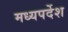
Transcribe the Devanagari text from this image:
मध्यपर्देश